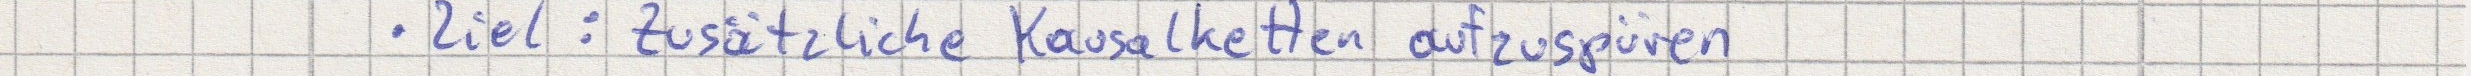
Ziel: zusätzliche Kausalketten aufzuspüren